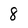
Character: 8